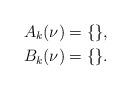
LaTeX: \begin{align*} A_k(\nu) &=\{\}, \\ B_k(\nu) &=\{\}.\end{align*}